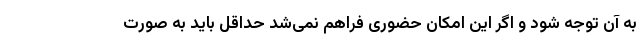
به آن توجه شود و اگر این امکان حضوری فراهم نمی‌شد حداقل باید به صورت